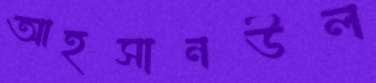
আহসানউল